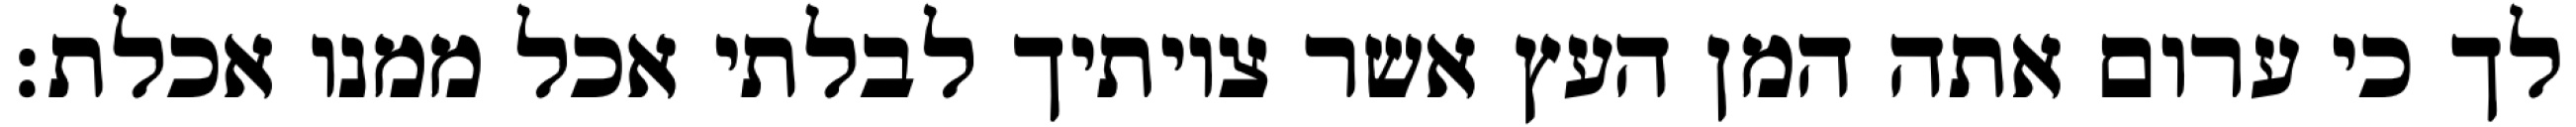
לך כי ערום אתה המן העץ אשר צויתיך לבלתי אכל ממנו אכלת׃